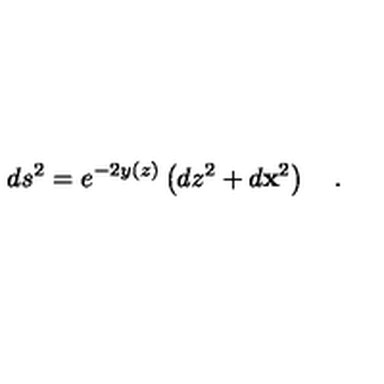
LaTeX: d s ^ { 2 } = e ^ { - 2 y ( z ) } \left( d z ^ { 2 } + d { \bf x } ^ { 2 } \right) \quad .